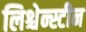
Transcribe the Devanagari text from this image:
लिश्चेन्स्टीन